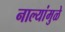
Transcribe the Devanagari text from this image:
नाल्यांमुळे